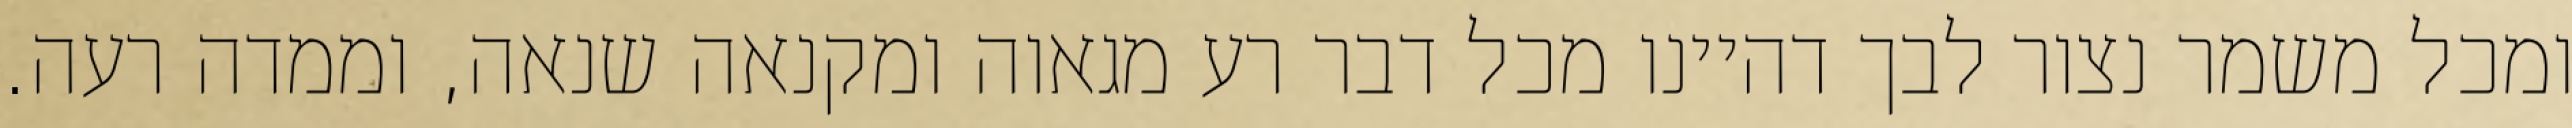
ומכל משמר נצור לבך דהיינו מכל דבר רע מגאוה ומקנאה שנאה, וממדה רעה.